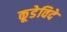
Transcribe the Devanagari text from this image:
कूडेविदे